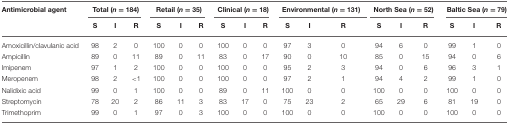
<table><thead><tr><td><b>Antimicrobial agent</b></td><td colspan="3"><b>Total (<i>n</i> = 184)</b></td><td colspan="3"><b>Retail (<i>n</i> = 35)</b></td><td colspan="3"><b>Clinical (<i>n</i> = 18)</b></td><td colspan="3"><b>Environmental (<i>n</i> = 131)</b></td><td colspan="3"><b>North Sea (<i>n</i> = 52)</b></td><td colspan="3"><b>Baltic Sea (<i>n</i> = 79)</b></td></tr><tr><td></td><td><b>S</b></td><td><b>I</b></td><td><b>R</b></td><td><b>S</b></td><td><b>I</b></td><td><b>R</b></td><td><b>S</b></td><td><b>I</b></td><td><b>R</b></td><td><b>S</b></td><td><b>I</b></td><td><b>R</b></td><td><b>S</b></td><td><b>I</b></td><td><b>R</b></td><td><b>S</b></td><td><b>I</b></td><td><b>R</b></td></tr></thead><tbody><tr><td>Amoxicillin/clavulanic acid</td><td>98</td><td>2</td><td>0</td><td>100</td><td>0</td><td>0</td><td>100</td><td>0</td><td>0</td><td>97</td><td>3</td><td>0</td><td>94</td><td>6</td><td>0</td><td>99</td><td>1</td><td>0</td></tr><tr><td>Ampicillin</td><td>89</td><td>0</td><td>11</td><td>89</td><td>0</td><td>11</td><td>83</td><td>0</td><td>17</td><td>90</td><td>0</td><td>10</td><td>85</td><td>0</td><td>15</td><td>94</td><td>0</td><td>6</td></tr><tr><td>Imipenem</td><td>97</td><td>1</td><td>2</td><td>100</td><td>0</td><td>0</td><td>100</td><td>0</td><td>0</td><td>95</td><td>2</td><td>3</td><td>94</td><td>0</td><td>6</td><td>96</td><td>3</td><td>1</td></tr><tr><td>Meropenem</td><td>98</td><td>2</td><td>&lt; 1</td><td>100</td><td>0</td><td>0</td><td>100</td><td>0</td><td>0</td><td>97</td><td>2</td><td>1</td><td>94</td><td>4</td><td>2</td><td>99</td><td>1</td><td>0</td></tr><tr><td>Nalidixic acid</td><td>99</td><td>0</td><td>1</td><td>100</td><td>0</td><td>0</td><td>89</td><td>0</td><td>11</td><td>100</td><td>0</td><td>0</td><td>100</td><td>0</td><td>0</td><td>100</td><td>0</td><td>0</td></tr><tr><td>Streptomycin</td><td>78</td><td>20</td><td>2</td><td>86</td><td>11</td><td>3</td><td>83</td><td>17</td><td>0</td><td>75</td><td>23</td><td>2</td><td>65</td><td>29</td><td>6</td><td>81</td><td>19</td><td>0</td></tr><tr><td>Trimethoprim</td><td>99</td><td>0</td><td>1</td><td>97</td><td>0</td><td>3</td><td>100</td><td>0</td><td>0</td><td>100</td><td>0</td><td>0</td><td>100</td><td>0</td><td>0</td><td>100</td><td>0</td><td>0</td></tr></tbody></table>